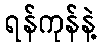
ရန်ကုန်နဲ့